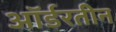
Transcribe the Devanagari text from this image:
ऑर्डरतीन